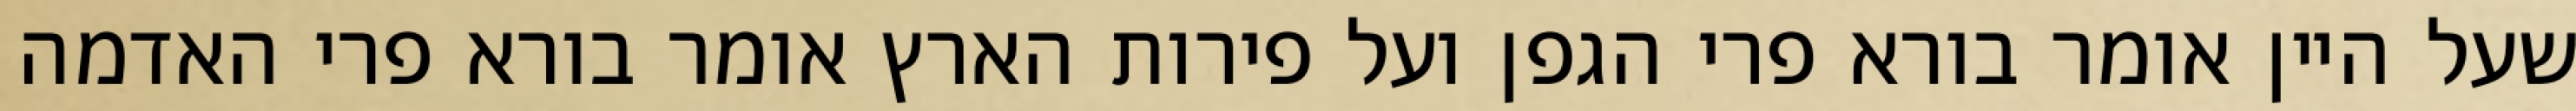
שעל היין אומר בורא פרי הגפן ועל פירות הארץ אומר בורא פרי האדמה